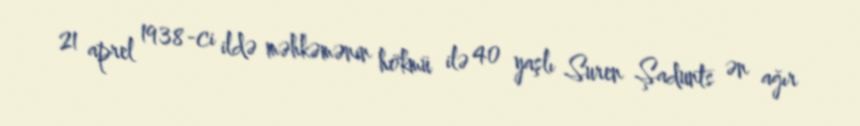
21 aprel 1938-ci ildə məhkəmənin hökmü ilə 40 yaşlı Suren Şadunts ən ağır